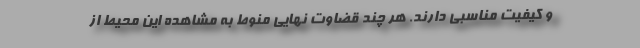
و کیفیت مناسبی دارند. هر چند قضاوت نهایی منوط به مشاهده این محیط از